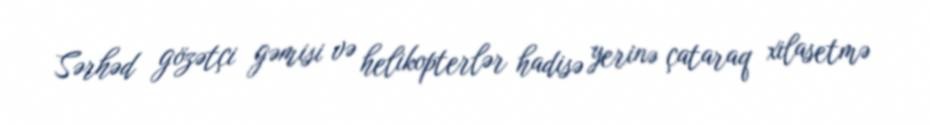
Sərhəd gözətçi gəmisi və helikopterlər hadisə yerinə çataraq xilasetmə